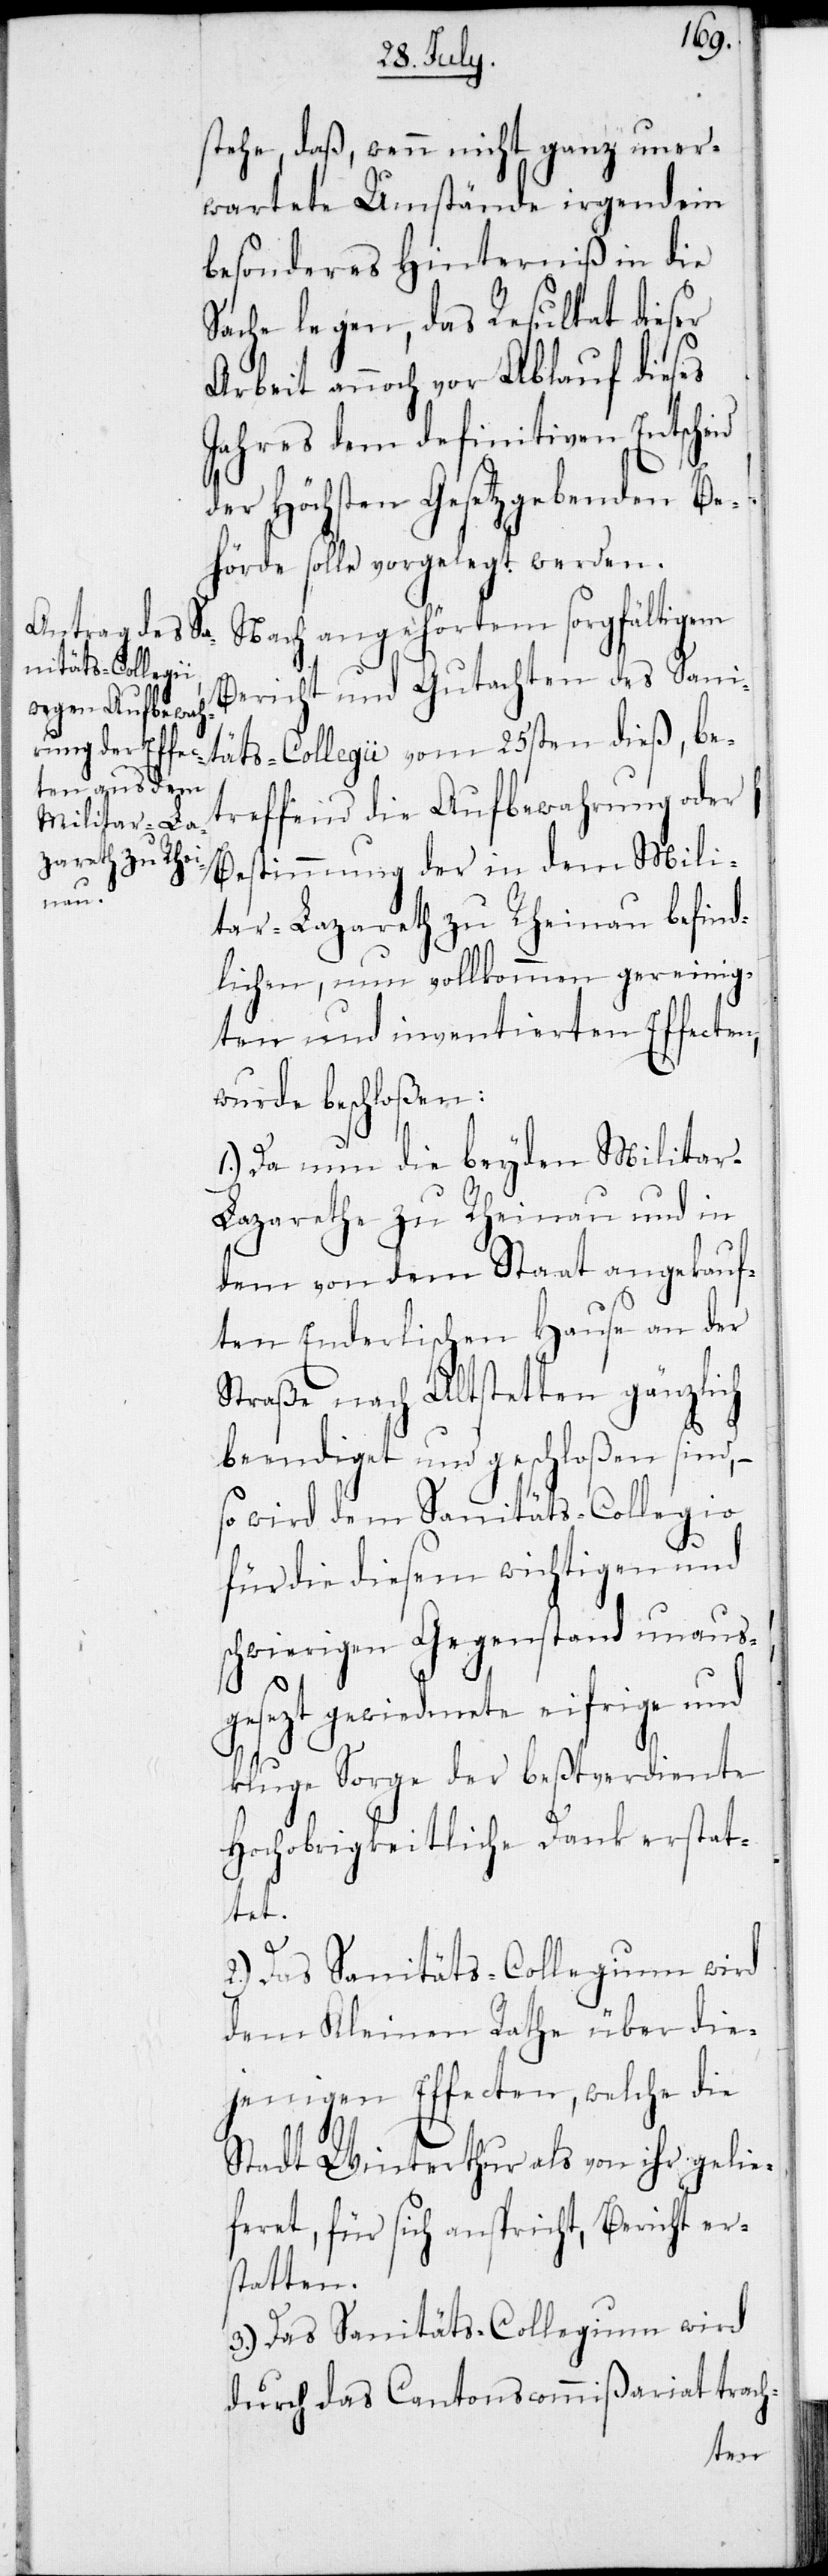
stehe, daß wenn nicht ganz uner¬
wartete Umstände irgendein
besonderes Hinterniß in die
Sache legen, das Resultat dieser
Arbeit annoch vor Ablauf dieses
Jahres dem definitiven Entscheid
der Höchsten Gesetzgebenden Be¬
hörde solle vorgelegt werden.
Nach angehörtem sorgfältigem
Bericht und Gutachten des Sani¬
täts-Collegii vom 25sten dieß, be¬
treffend die Aufbewahrung oder
Bestimmung der in dem Mili¬
tar-Lazareth zu Rheinau befind¬
lichen, nun vollkommen gereinig¬
ten und inventierten Effecten,
wurde beschloßen:
1.) Da nun die beyden Militar-L¬
azarethe zu Rheinau und in
dem von dem Staat angekauf¬
ten Enderlischen Hause an der
Straße nach Altstetten gänzlich
beendiget und geschloßen sind, –
so wird dem Sanitäts-Collegio
für die diesem wichtigen und
schwierigen Gegenstand unaus¬
gesezt gewiedmete eifrige und
kluge Sorge der beßtverdiente
Hochobrigkeitliche Dank erstat¬
tet.
dem Kleinen Rathe über die¬
jenigen Effecten, welche die
Stadt Winterthur als von ihr gelie¬
feret, für sich anspricht, Bericht er¬
statten.
3.) Das Sanitäts-Collegium wird
durch das Cantonscommißariat trach-